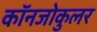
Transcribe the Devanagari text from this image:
कॉनजोकुलर